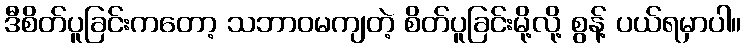
ဒီစိတ်ပူခြင်းကတော့ သဘာဝမကျတဲ့ စိတ်ပူခြင်းမို့လို့ စွန့် ပယ်ရမှာပါ။